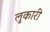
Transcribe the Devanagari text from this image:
लुकारी